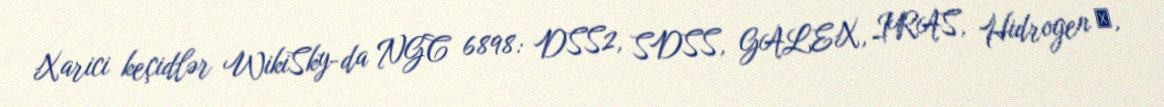
Xarici keçidlər WikiSky-da NGC 6898: DSS2, SDSS, GALEX, IRAS, Hidrogen α,